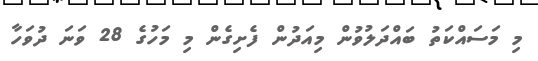
މި މަސައްކަތު ބައްދަލުވުން މިއަދުން ފެށިގެން މި މަހުގެ 28 ވަނަ ދުވަހާ